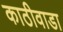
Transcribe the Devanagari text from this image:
काठीवाडा